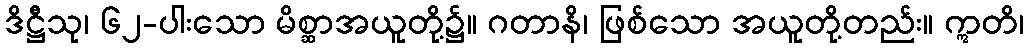
ဒိဋ္ဌီသု၊ ၆၂-ပါးသော မိစ္ဆာအယူတို့၌။ ဂတာနိ၊ ဖြစ်သော အယူတို့တည်း။ ဣတိ၊